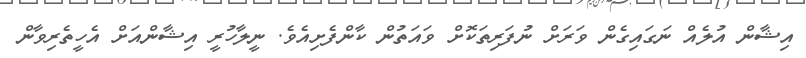
އިޝާން އުލެއް ނަގައިގެން ވަރަށް ނުފަރިތަކޮށް ވައަތުން ކާންފެށިއެވެ. ނީލާހުރީ އިޝާންއަށް އެހީތެރިވާން